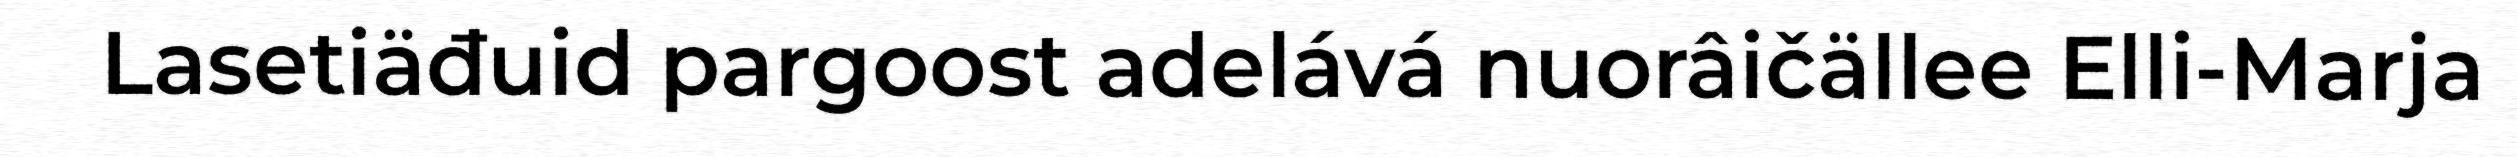
Lasetiäđuid pargoost adelává nuorâičällee Elli-Marja